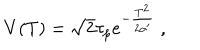
V ( T ) = \sqrt { 2 } \tau _ { p } e ^ { - { \frac { T ^ { 2 } } { 2 \alpha ^ { \prime } } } } \ ,